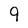
Character: 9